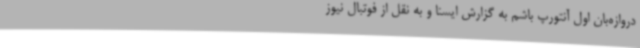
دروازه‌بان اول آنتورپ باشم به گزارش ایسنا و به نقل از فوتبال نیوز